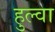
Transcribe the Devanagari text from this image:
हुल्वा